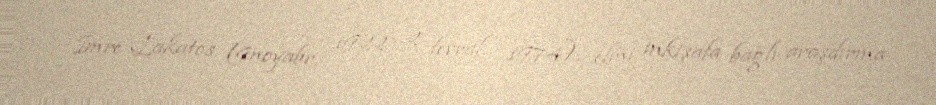
İmre Lakatos (9noyabr, 1922 - 2 fevral, 1974), elmi inkişafa bağlı araşdırma